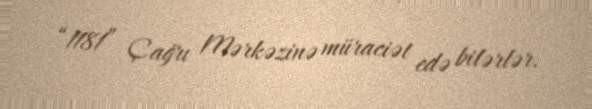
“1181” Çağrı Mərkəzinə müraciət edə bilərlər.